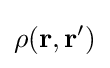
\rho (\mathbf {r} ,\mathbf {r} ^{\prime })